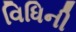
વિધિની